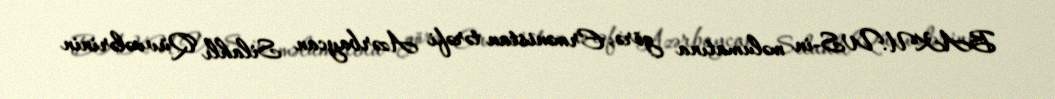
BAKU.WS-in məlumatına görə, Ermənistan tərəfi Azərbaycan Silahlı Qüvvələrinin